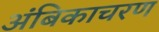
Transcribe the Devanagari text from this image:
अंबिकाचरण